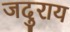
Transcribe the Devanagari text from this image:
जदुराय